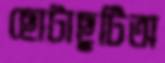
ছোটাছুটিঅ